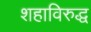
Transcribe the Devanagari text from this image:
शहाविरुद्ध